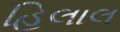
હિલાલ